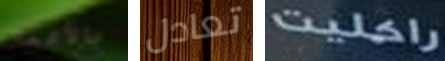
بالأعمال تعادل راكليت